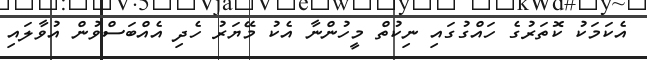
އެކަމަކު ކޮތަރުގެ ހައްގުގައި ނިކުތް މީހުންނާ އެކު މޭޔަރު ހެދި އެއްބަސްވުން އުވާލައި